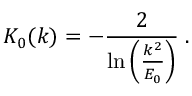
K _ { 0 } ( k ) = - \frac { 2 } { \mathrm { l n } \left( \frac { k ^ { 2 } } { E _ { 0 } } \right) } \; .